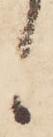
候